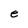
Character: e